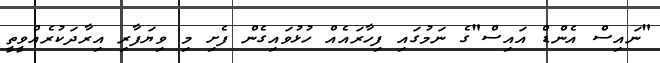
"ނައިސް އެންޑް އައިސް"ގެ ނަމުގައި ފިހާރައެއް ހުޅުވައިގެން ފެށި މި ވިޔަފާރި އިރާދަކުރެއްވީތީ